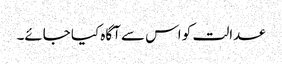
عدالت کو اس سے آگاہ کیا جائے۔